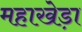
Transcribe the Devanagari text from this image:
महाखेड़ा